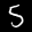
Label: 5